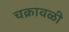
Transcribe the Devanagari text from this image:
चक्रावळी